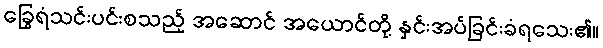
ခြွေရံသင်းပင်းစသည့် အဆောင် အယောင်တို့ နှင်းအပ်ခြင်းခံရသေး၏။